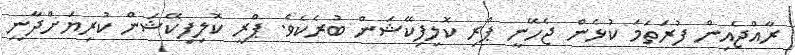
ރާއްޖެއިން ފުރަތަމަ ކުޅެން ޖެހޭނީ ޕްރި ކޮލިފިކޭޝަން ބުރެކެވެ. ޕްރީ ކޮލިފިކޭޝަން ކުރިޔަށްދާނީ